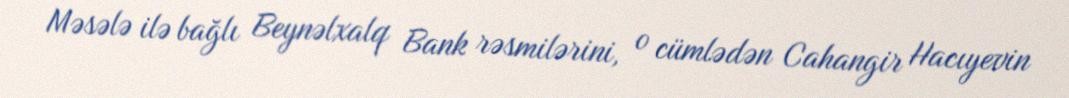
Məsələ ilə bağlı Beynəlxalq Bank rəsmilərini, o cümlədən Cahangir Hacıyevin